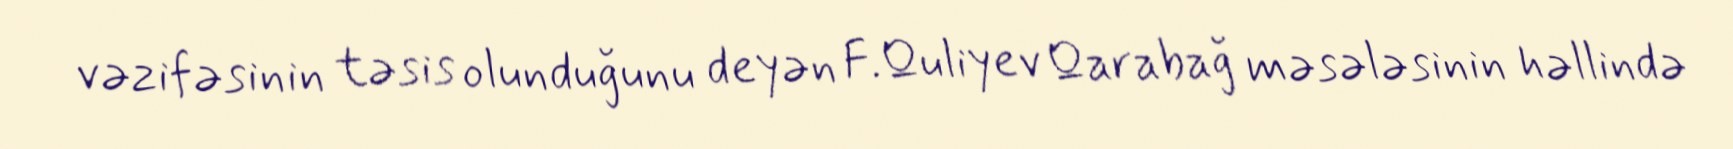
vəzifəsinin təsis olunduğunu deyən F.Quliyev Qarabağ məsələsinin həllində